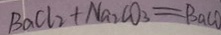
B a C l _ { 2 } + N a _ { 2 } C O _ { 3 } = B a C O